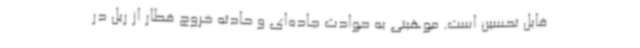
قابل تحسین است. موهبتی به حوادث جاده‌ای و حادثه خروج قطار از ریل در